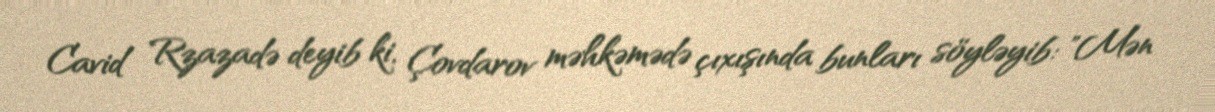
Cavid Rzazadə deyib ki, Çovdarov məhkəmədə çıxışında bunları söyləyib: "Mən